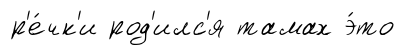
р'е́чк'и род'илс'я тамах э́то